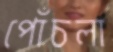
পোঁচলা